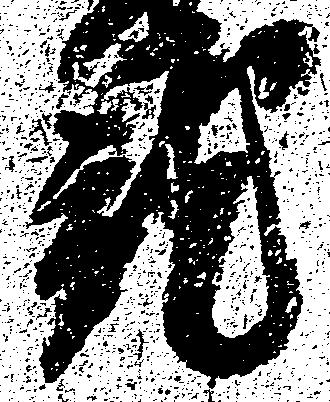
就